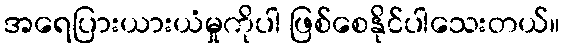
အရေပြားယားယံမှုကိုပါ ဖြစ်စေနိုင်ပါသေးတယ်။